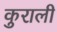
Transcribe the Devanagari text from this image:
कुराली